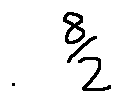
\frac { 8 } { 2 }